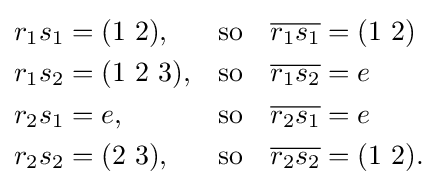
{\begin{aligned}r_{1}s_{1}&=(1\ 2),&{\text{so}}&&{\overline {r_{1}s_{1}}}&=(1\ 2)\\r_{1}s_{2}&=(1\ 2\ 3),&{\text{so}}&&{\overline {r_{1}s_{2}}}&=e\\r_{2}s_{1}&=e,&{\text{so}}&&{\overline {r_{2}s_{1}}}&=e\\r_{2}s_{2}&=(2\ 3),&{\text{so}}&&{\overline {r_{2}s_{2}}}&=(1\ 2).\\\end{aligned}}